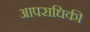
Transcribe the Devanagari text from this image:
आपराधिकी